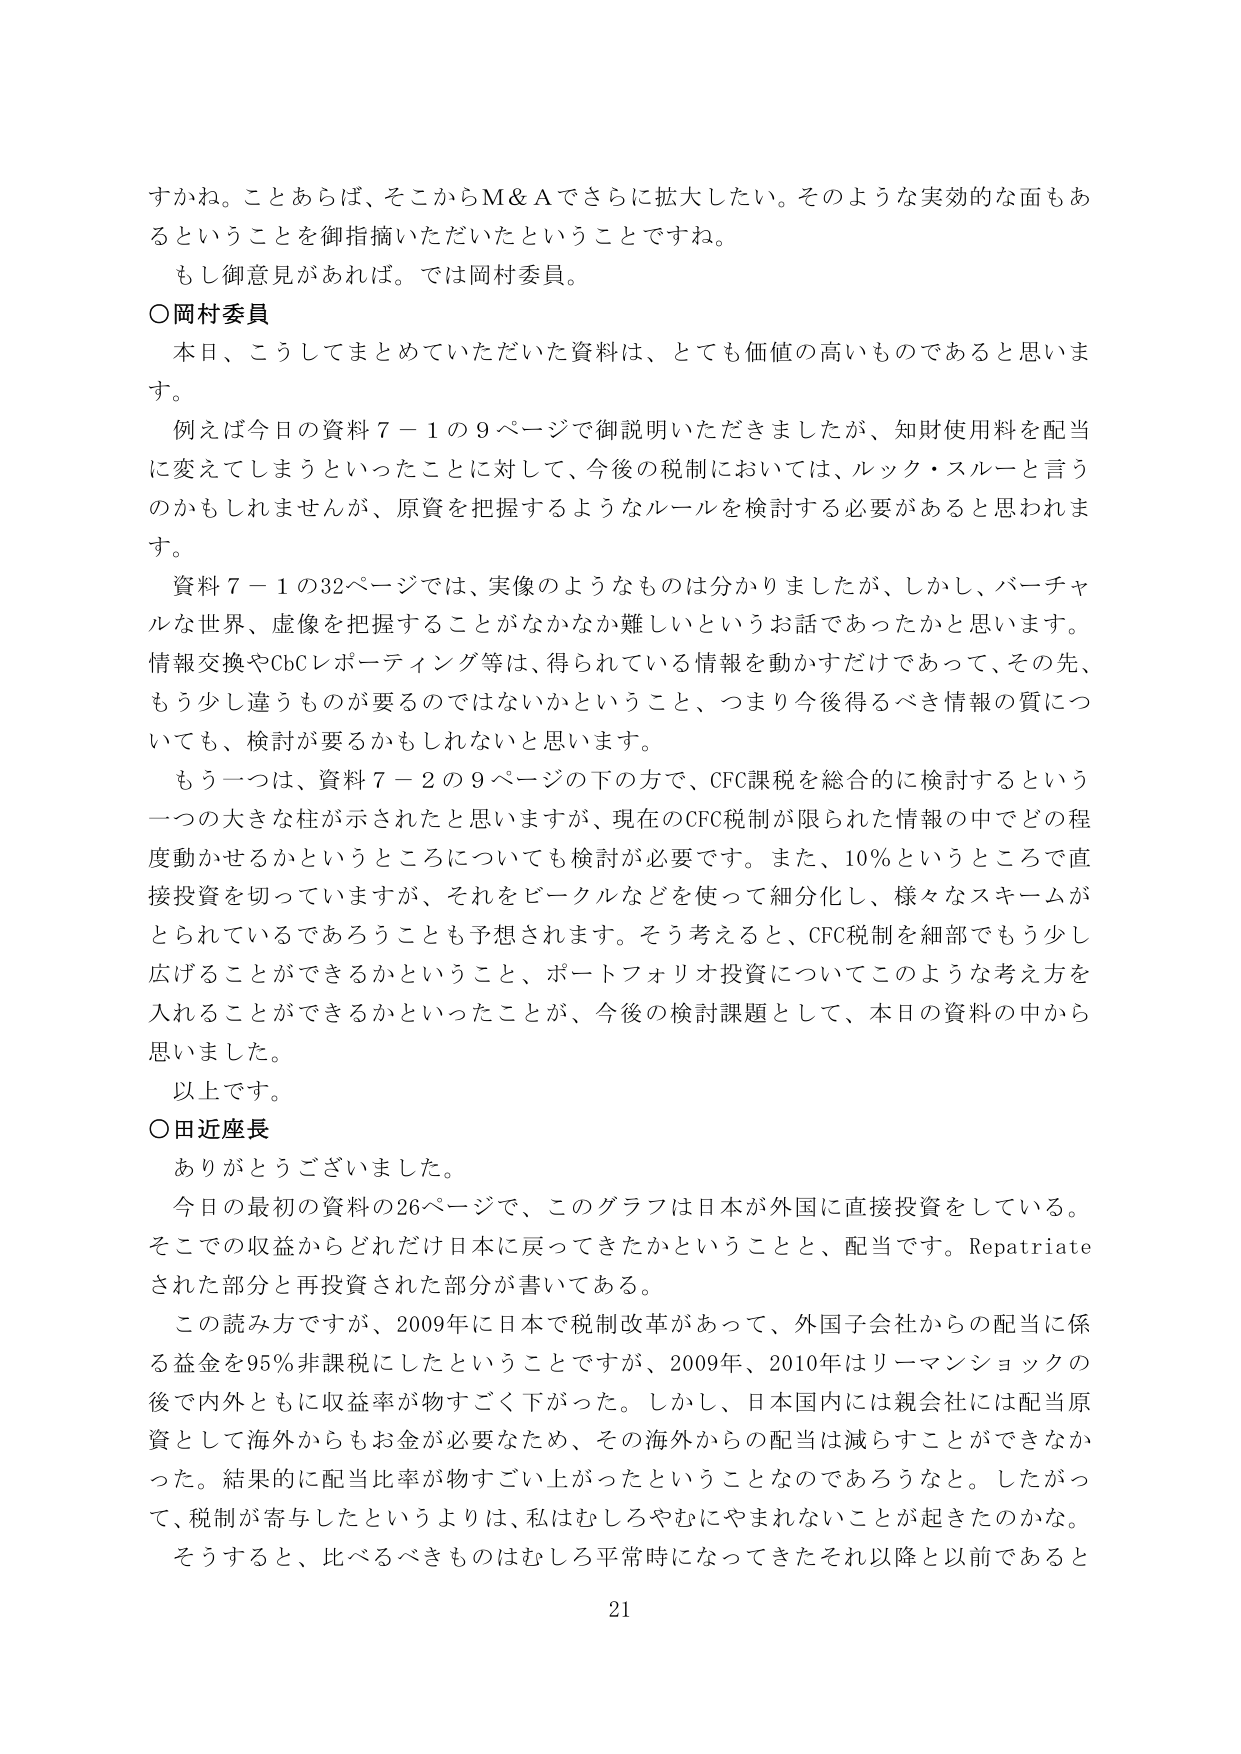
すかね。ことあらば、そこからM＆Aでさらに拡大したい。そのような実効的な面もあるということを御指摘いただいたということですね。
もし御意見があれば。では岡村委員。

○岡村委員
本日、こうしてまとめていただいた資料は、とても価値の高いものであると思います。
例えば今日の資料７－１の９ページで御説明いただきましたが、知財使用料を配当に変えてしまうといったことに対して、今後の税制においては、ルック・スルーと言うのかもしれませんが、原資を把握するようなルールを検討する必要があると思われます。
資料７－１の32ページでは、実像のようなものは分かりましたが、しかし、バーチャルな世界、虚像を把握することがなかなか難しいというお話であったかと思います。情報交換やCbCレポーティング等は、得られている情報を動かすだけであって、その先、もう少し違うものが要るのではないのかということ、つまり今後得るべき情報の質についても、検討が要るかもしれないと思います。
もう一つは、資料７－２の９ページの下の方で、CFC課税を総合的に検討するという一つの大きな柱が示されたと思いますが、現在のCFC税制が限られた情報の中でどの程度動かせるかというところについても検討が必要です。また、10％というところで直接投資を切っていますが、それをビークルなどを使って細分化し、様々なスキームがとられているであろうことも予想されます。そう考えると、CFC税制を細部でもう少し広げることができるかということ、ポートフォリオ投資についてこのような考え方を入れることができるかといったことが、今後の検討課題として、本日の資料の中から思いました。
以上です。

○田近座長
ありがとうございました。
今日の最初の資料の26ページで、このグラフは日本が外国に直接投資をしている。そこでの収益からどれだけ日本に戻ってきたかということと、配当です。Repatriateされた部分と再投資された部分が書いてある。
この読み方ですが、2009年に日本で税制改革があって、外国子会社からの配当に係る益金を95％非課税にしたということですが、2009年、2010年はリーマンショックの後で内外ともに収益率が物すごく下がった。しかし、日本国内には親会社には配当原資として海外からもお金が必要なため、その海外からの配当は減らすことができなかった。結果的に配当比率が物すごく上がったということなのであろうなと。したがって、税制が寄与したというよりは、私はむしろやむにやまれないことが起きたのかな。
そうすると、比べるべきものはむしろ平常時になってきたそれ以降と以前であると

21